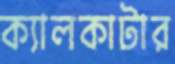
ক্যালকাটার